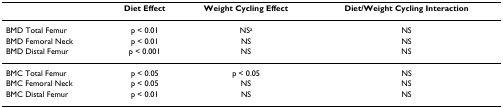
<table><thead><tr><td></td><td><b>Diet Effect</b></td><td><b>Weight Cycling Effect</b></td><td><b>Diet/Weight Cycling Interaction</b></td></tr></thead><tbody><tr><td>BMD Total Femur</td><td>p &lt; 0.01</td><td>NS<sup>a</sup></td><td>NS</td></tr><tr><td>BMD Femoral Neck</td><td>p &lt; 0.01</td><td>NS</td><td>NS</td></tr><tr><td>BMD Distal Femur</td><td>p &lt; 0.001</td><td>NS</td><td>NS</td></tr><tr><td>BMC Total Femur</td><td>p &lt; 0.05</td><td>p &lt; 0.05</td><td>NS</td></tr><tr><td>BMC Femoral Neck</td><td>p &lt; 0.05</td><td>NS</td><td>NS</td></tr><tr><td>BMC Distal Femur</td><td>p &lt; 0.01</td><td>NS</td><td>NS</td></tr></tbody></table>